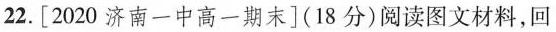
22.[2020济南一中高一期末](18分)阅读图文材料，回